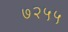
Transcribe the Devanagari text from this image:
७२५५